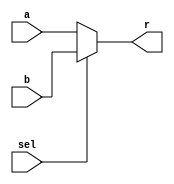
// 2 way multi choose
// 0 from the front and 1 from the last
module mux2 #(parameter WIDTH = 32)(input [WIDTH-1:0] a,
             input [WIDTH-1:0] b,
             input wire sel,
             output wire[WIDTH-1:0] r);
assign r = (sel == 1'b0) ? a :b;
endmodule